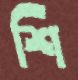
শি